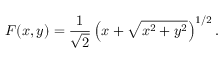
F ( x , y ) = \frac 1 { \sqrt { 2 } } \left( x + \sqrt { x ^ { 2 } + y ^ { 2 } } \right) ^ { 1 / 2 } .